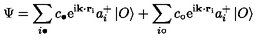
\Psi = \sum _ { i \bullet } c _ { \bullet } \mathrm { \Large e ^ { i { \bf k \cdot r } _ { i } } } a _ { i } ^ { + } \left| O \right\rangle + \sum _ { i \circ } c _ { \circ } \mathrm { \Large e ^ { i { \bf k \cdot r } _ { i } } } a _ { i } ^ { + } \left| O \right\rangle